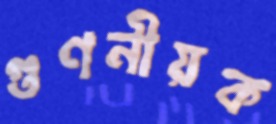
গুণনীয়ক